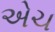
એચ